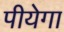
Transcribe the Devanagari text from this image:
पीयेगा